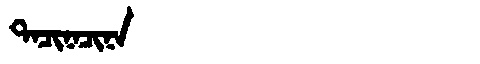
Manchu: ᡨᠠᠴᡳᠨᠠᠴᡳᠨᠠ
Romanization: TACINACINA